Report of the King Institute of Preventive Medicine, Guindy
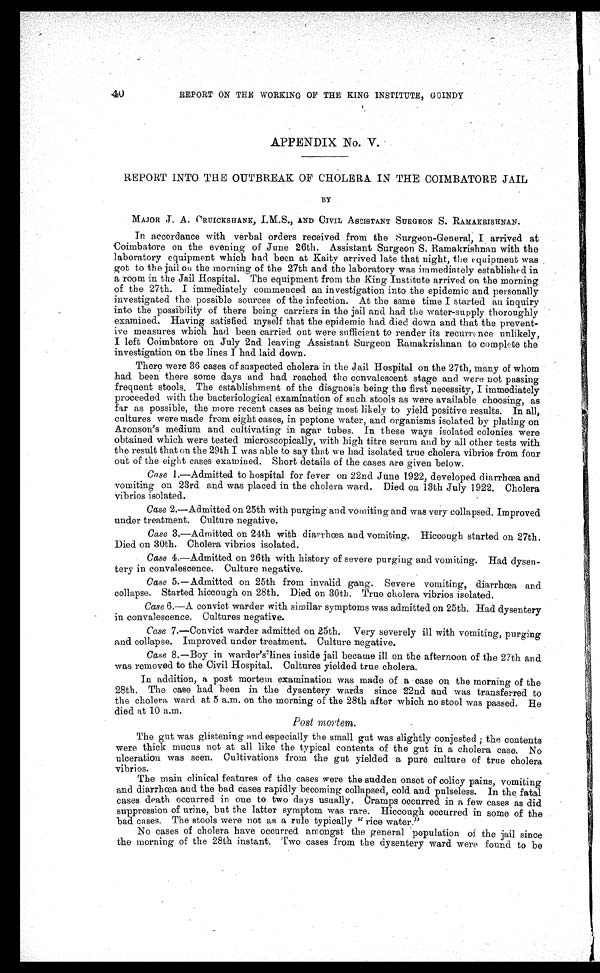
40
REPORT ON THE WORKING OF THE KING INSTITUTE, GUINDY
APPENDIX NO. V.
REPORT INTO THE OUTBREAK OF CHOLERA IN THE COIMBATORE JAIL
BY
MAJOR J. A. CRUICKSHANK, I.M.S., AND CIVIL ASSISTANT SURGEON S. RAMAKRISHNAN.
In accordance with verbal orders received from the Surgeon-General, I arrived at
Coimbatore on the evening of June 26th. Assistant Surgeon S. Ramakrishnan with the
laboratory equipment which had been at Kaity arrived late that night, the equipment was
got to the jail on the morning of the 27th and the laboratory was immediately established in
a room in the Jail Hospital. The equipment from the King Institute arrived on the morning
of the 27th. I immediately commenced an investigation into the epidemic and personally
investigated the possible sources of the infection. At the same time I started an inquiry
into the possibility of there being carriers in the jail and had the water-supply thoroughly
examined. Having satisfied myself that the epidemic had died down and that the prevent
-
ive measures which had been carried out were sufficient to render its recurrence unlikely,
I left Coimbatore on July 2nd leaving Assistant Surgeon Ramakrishnan to complete the
investigation on the lines I had laid down.
There were 36 cases of suspected cholera in the Jail Hospital on the 27th, many of whom
had been there some days and had reached the convalescent stage and were not passing
frequent stools. The establishment of the diagnosis being the first necessity, I immediately
proceeded with the bacteriological examination of such stools as were available choosing, as
far as possible, the more recent cases as being most likely to yield positive results. In all,
cultures were made from eight cases, in peptone water, and organisms isolated by plating on
Aronson's medium and cultivating in agar tubes. In these ways isolated colonies were
obtained which were tested microscopically, with high titre serum and by all other tests with
the result that on the 29th I was able to say that we had isolated true cholera vibrios from four
out of the eight cases examined. Short details of the cases are given below.
Case 1.—Admitted to hospital for fever on 22nd June 1922, developed diarrhœa and
vomiting on 23rd and was placed in the cholera ward. Died on 13th July 1922. Cholera
vibrios isolated.
Case 2.—Admitted on 25th with purging and vomiting and was very collapsed. Improved
under treatment. Culture negative.
Case 3.—Admitted on 24th with diarrhœa and vomiting. Hiccough started on 27th.
Died on 30th. Cholera vibrios isolated.
Case 4.—Admitted on 26th with history of severe purging and vomiting. Had dysen
-
tery in convalescence. Culture negative.
Case 5.—Admitted on 25th from invalid gang. Severe vomiting, diarrhœa, and
collapse. Started hiccough on 28th. Died on 30th. True cholera vibrios isolated.
Case 6.—A convict warder with similar symptoms was admitted on 25th. Had dysentery
in convalescence. Cultures negative.
Case 7.—Convict warder admitted on 25th. Very severely ill with vomiting, purging
and collapse. Improved under treatment. Culture negative.
Case 8.—Boy in warder's lines inside jail became ill on the afternoon of the 27th and
was removed to the Civil Hospital. Cultures yielded true cholera.
In addition, a post mortem examination was made of a case on the morning of the
28th. The case had been in the dysentery wards since 22nd and was transferred to
the cholera ward at 5 a.m. on the morning of the 28th after which no stool was passed. He
died at 10 a.m.
Post mortem.
The gut was glistening and especially the small gut was slightly conjested ; the contents
were thick mucus not at all like the typical contents of the gut in a cholera case. No
ulceration was seen. Cultivations from the gut yielded a pure culture of true cholera
vibrios.
The main clinical features of the cases were the sudden onset of colicy pains, vomiting
and diarrhœa and the bad cases rapidly becoming collapsed, cold and pulseless. In the fatal
cases death occurred in one to two days usually. Cramps occurred in a few cases as did
suppression of urine, but the latter symptom was rare. Hiccough occurred in some of the
bad cases. The stools were not as a rule typically " rice water."
No cases of cholera have occurred amongst the general population of the jail since
the morning of the 28th instant. Two cases from the dysentery ward were found to be